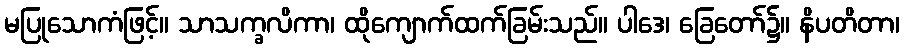
မပြုသောကံဖြင့်။ သာသက္ခလိကာ၊ ထိုကျောက်ထက်ခြမ်းသည်။ ပါဒေ၊ ခြေတော်၌။ နိပတိတာ၊